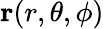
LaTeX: \mathbf{r}(r,\theta,\phi)